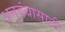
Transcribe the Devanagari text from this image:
अनुबंधासाठी